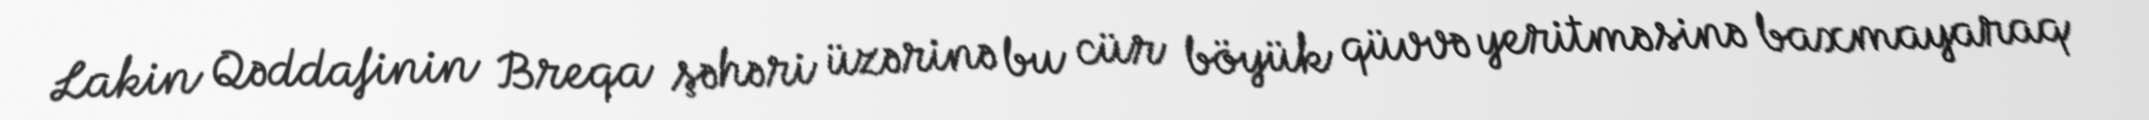
Lakin Qəddafinin Breqa şəhəri üzərinə bu cür böyük qüvvə yeritməsinə baxmayaraq